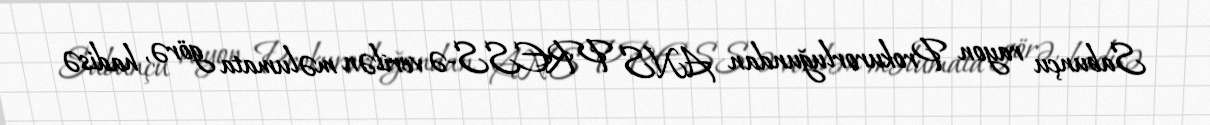
Sabunçu rayon Prokurorluğundan ANS PRESS-ə verilən məlumata görə, hadisə